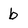
Character: b